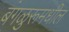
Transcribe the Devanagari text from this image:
बंगळुरूमधील